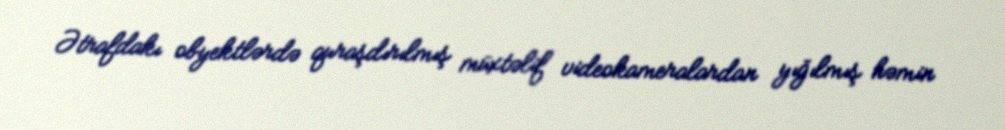
Ətrafdakı obyektlərdə quraşdırılmış müxtəlif videokameralardan yığılmış həmin